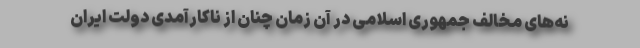
نه‌های مخالف جمهوری اسلامی در آن زمان چنان از ناکارآمدی دولت ایران